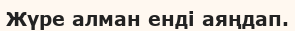
Жүре алман енді аяңдап.